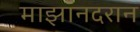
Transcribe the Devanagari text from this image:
माझानदरान